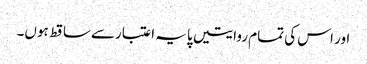
اور اس کی تمام روایتیں پایہ اعتبارسےساقط ہوں۔